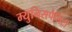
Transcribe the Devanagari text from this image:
म्युनिसपैलिटी